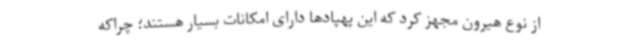
از نوع هیرون مجهز کرد که این پهپادها دارای امکانات بسیار هستند؛ چراکه